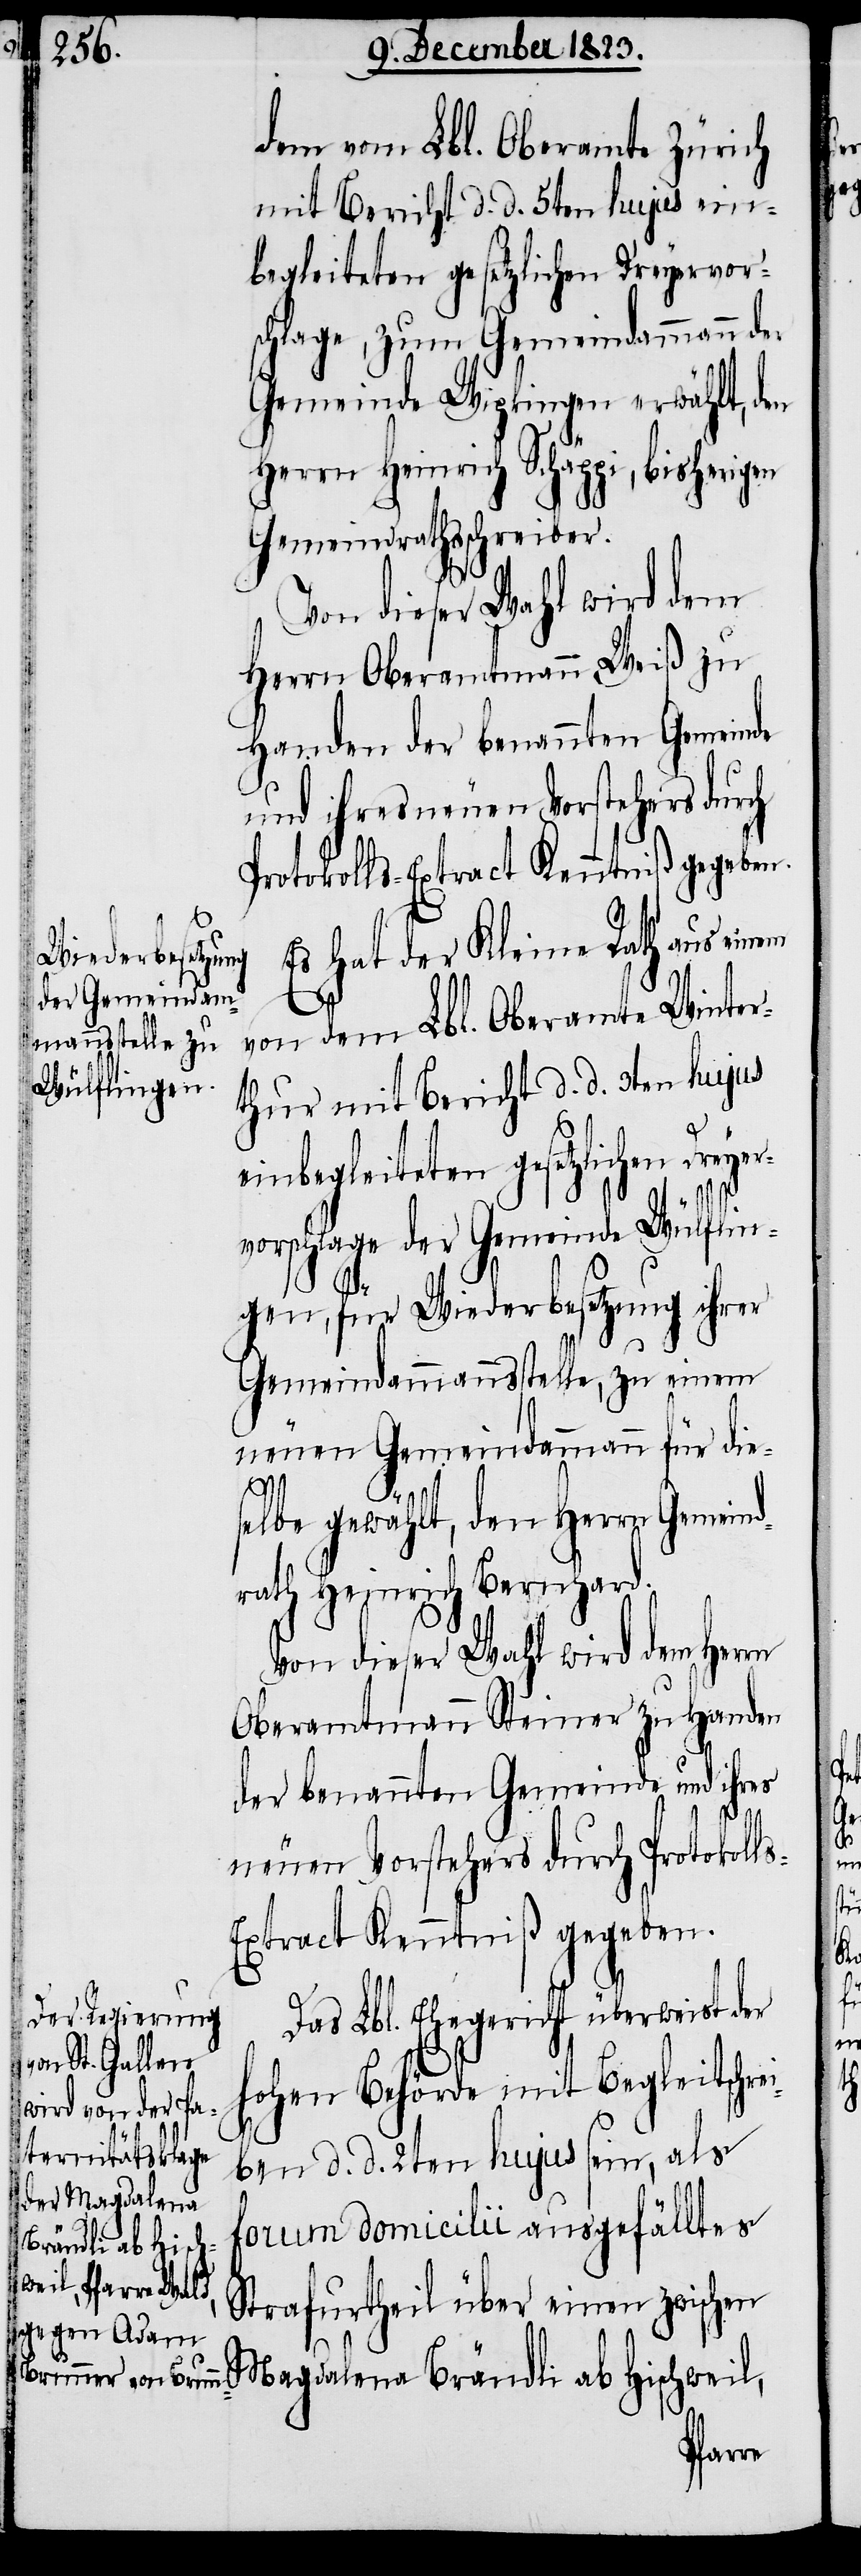
dem vom Lbl. Oberamte Zürich
mit Bericht d. d. 5ten hujus ein¬
begleiteten gesetzlichen Dreyer¬
schlage, zum Gemeindammann der
Gemeinde Wipkingen erwählt, den
Herrn Heinrich Schäppi, bisherigen
Gemeindrathsschreiber.
Von dieser Wahl wird dem
Herrn Oberamtmann Weiß zu
Handen der benannten Gemeinde
und ihres neuen Vorstehers durch
rotokolls-Extract Kenntniß gegeben.
Es hat der Kleine Rath aus einem
von dem Lbl. Oberamte Winter¬
thur mit Bericht d. d. 3ten hujus
vorschlage der Gemeinde Wülflin¬
gen, für Wiederbesetzung ihrer
Gemeindammannsstelle, zu einem
neuen Gemeindammann für die¬
weil,
P¬
selbe gewählt, den Herrn Gemeind¬
rath Heinrich Bernhard.
Von dieser Wahl wird dem Herrn
Oberamtmann Steiner zu Handen
der benannten Gemeinde und ihres
neuen Vorstehers durch Protokoll¬
xtract Kenntniß gegeben.
Das Lbl. Ehegericht überweist der
hohen Behörde mit Begleitschr¬
ben d. d. 2ten hujus sein, als
forum domicilii ausgefälltes
Brändli ab Hisch¬
Strafurtheil über einen zwischen